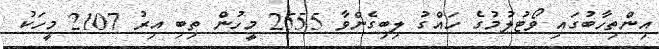
އިންތިހާބުގައި ވޯޓުލުމުގެ ހައްގު ލިބިގެންވާ 2555 މީހުން ތިބި އިރު 2107 މީހަކު